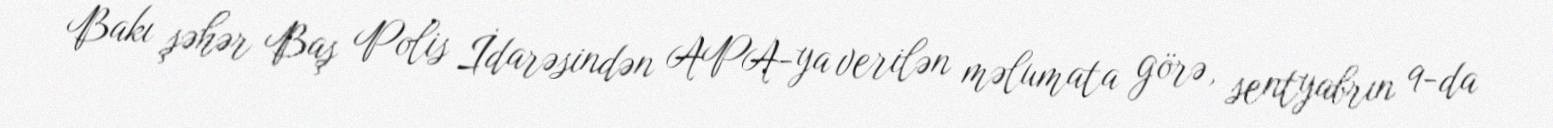
Bakı şəhər Baş Polis İdarəsindən APA-ya verilən məlumata görə, sentyabrın 9-da